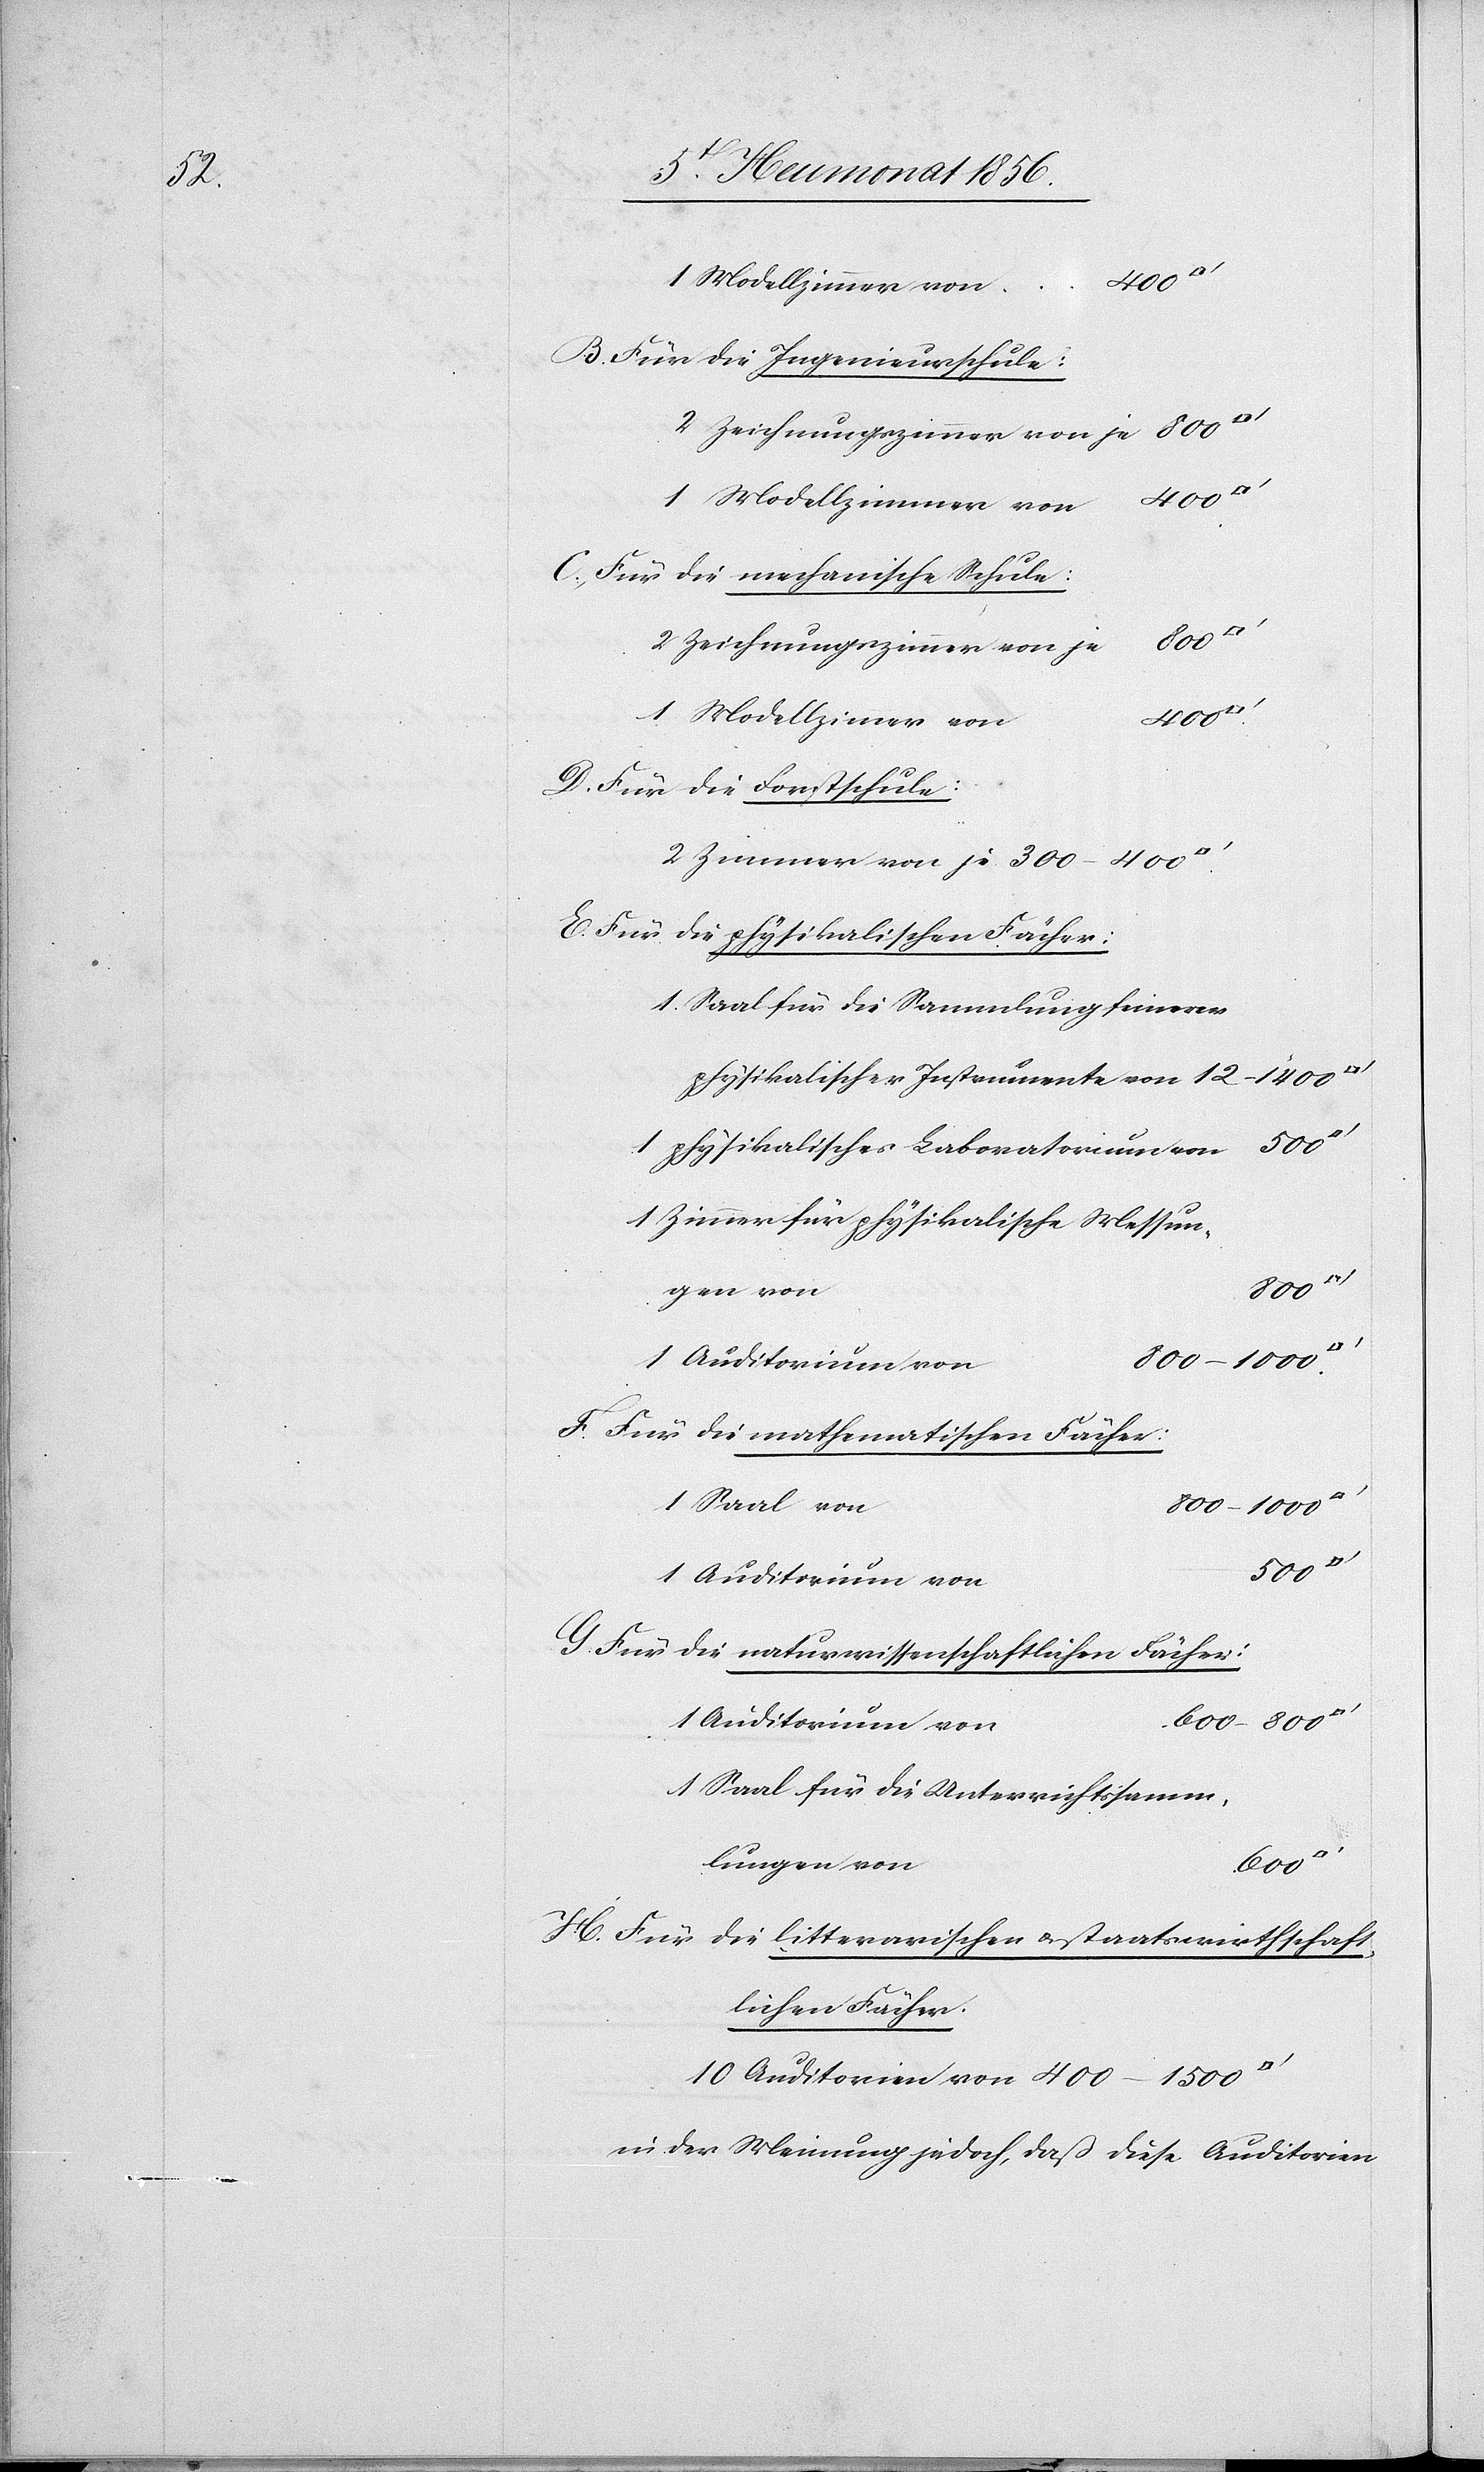
H.

Für die Ingenieursschule:
Für die mechanische Schule:
2 Zeichnungszimmer von je
B.
1 Modellzimmer von
Für die Forstschule:
Für die physikalischen Fächer:
1. Saal für die Sammlung feinerer
physikalischer Instrumente von
1 physikalisches Laboratorium von
1 Zimmer für physikalische Messun¬
gen von
600–800
1 Auditorium von
Für die mathematischen Fächer:
1 Saal von
600
1 Auditorium von
Für die naturwissenschaftlichen Fächer:
10 Auditorien von
1 Saal für die Unterrichtssamm¬
lungen von
Für die litterarischen u. staatswirthschaft¬
lichen Fächer:
in der Meinung jedoch, daß diese Auditorien